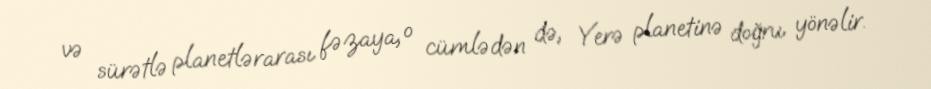
və sürətlə planetlərarası fəzaya, o cümlədən də, Yerə planetinə doğru yönəlir.